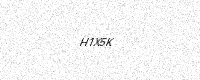
Text: H1X5K